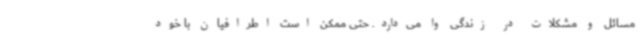
مسائل و مشکلات در زندگی وا می‌دارد. حتی ممکن است اطرافیان با خود